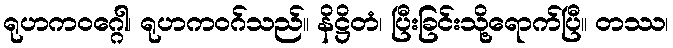
ရုဟကဝဂ္ဂေါ၊ ရုဟကဝဂ်သည်။ နိဋ္ဌိတံ၊ ပြီးခြင်းသို့ရောက်ပြီ။ တဿ၊